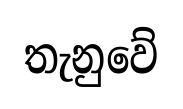
තැනුවේ